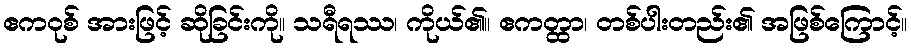
ဧကဝုစ် အားဖြင့် ဆိုခြင်းကို။ သရီရဿ၊ ကိုယ်၏။ ဧကတ္ထာ၊ တစ်ပါးတည်း၏ အဖြစ်ကြောင့်။